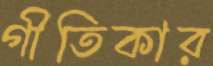
গীতিকার